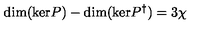
\mathrm { d i m } ( \mathrm { k e r } P ) - \mathrm { d i m } ( \mathrm { k e r } P ^ { \dag } ) = 3 \chi